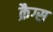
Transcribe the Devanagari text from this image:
क्रैग्स